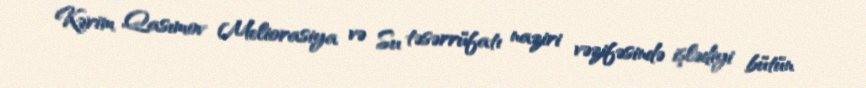
Kərim Qasımov Meliorasiya və Su təsərrüfatı naziri vəzifəsində işlədiyi bütün